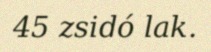
45 zsidó lak.